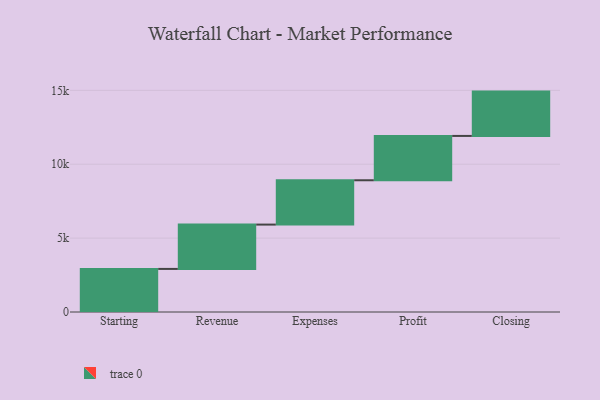
{"axis": {"x": "Step", "y": "Value"}, "legend": [""], "data": [{"x": "Starting", "y": 2915.0, "type": ""}, {"x": "Revenue", "y": 3000, "type": ""}, {"x": "Expenses", "y": 3000, "type": ""}, {"x": "Profit", "y": 3000, "type": ""}, {"x": "Closing", "y": 3000, "type": ""}]}